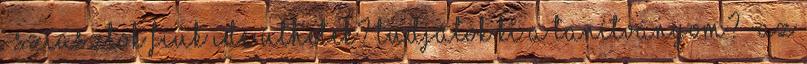
-Sziasztok fiúk Ide ülhetek? Tudjátok ki a tanítványom? -Az